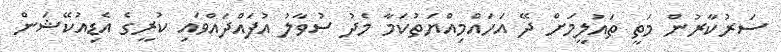
ސަރުކާރުން މަތީ ތައުލީމަށް ދޭ އަހައްމިއްޔަތުކަމާ މެދު ސުވާލު އުފައްދައްވައި ކުރީގެ އެޑިއުކޭޝަން